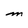
Character: m